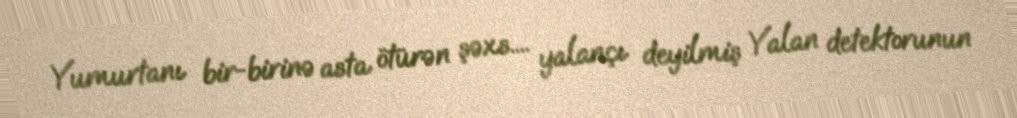
Yumurtanı bir-birinə asta ötürən şəxs.... yalançı deyilmiş Yalan detektorunun